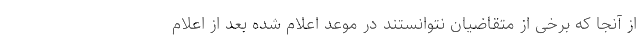
از آنجا که برخی از متقاضیان نتوانستند در موعد اعلام شده بعد از اعلام